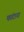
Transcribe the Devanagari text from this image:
फांटाना